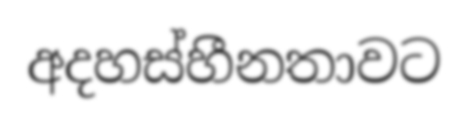
අදහස්හීනතාවට